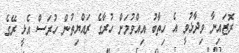
ރޮޒައިނާ ވިދާޅުވީ އެ ހިތާބު އިއްވުމަށް ހުރާގެ ރައްޔިތުން ހުރަސް އެޅީ ރޭގެ